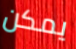
يمكن